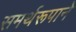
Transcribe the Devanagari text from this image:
समर्थरूपाने